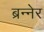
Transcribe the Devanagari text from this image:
ब्रन्नेर